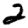
Digit: 2